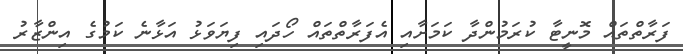
ފަރާތްތައް މޮނީޓާ ކުރަމުންދާ ކަމަށާއި އެފަރާތްތައް ހޯދައި ފިޔަވަޅު އަޅާނެ ކަމުގެ އިންޒާރު